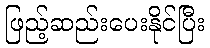
ဖြည့်ဆည်းပေးနိုင်ပြီး